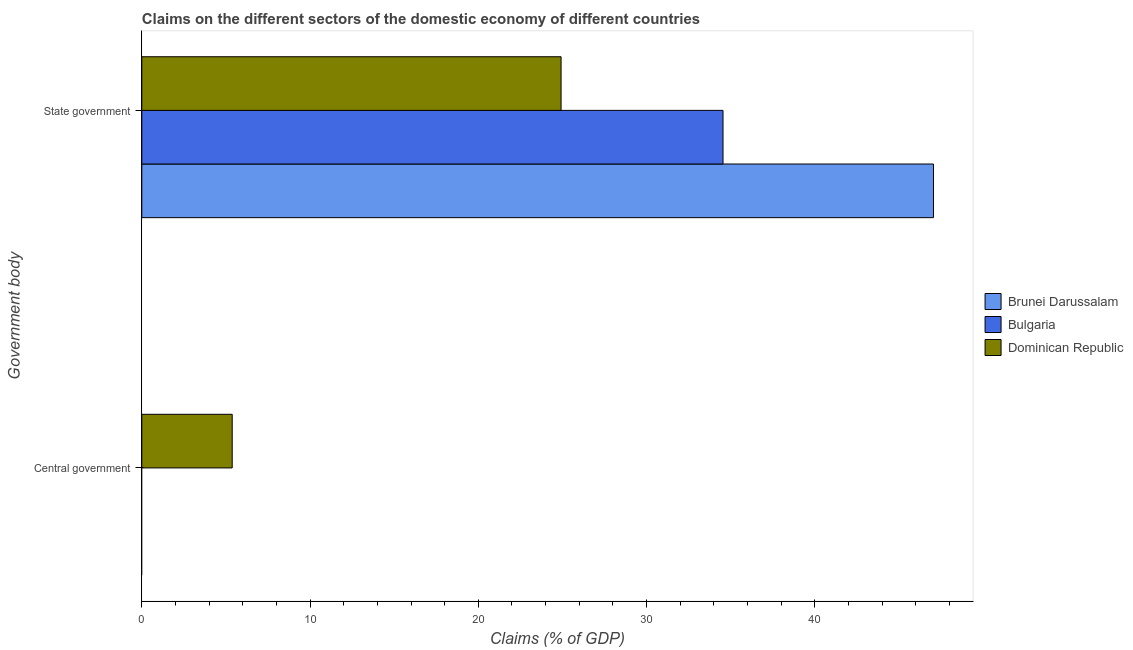
| Government body | Brunei Darussalam | Bulgaria | Dominican Republic |
 | --- | --- | --- | --- |
 | Central government | -26.5 | -0.948 | 5.37 |
 | State government | 47.1 | 34.5 | 24.9 |